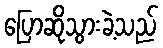
ပြောဆိုသွားခဲ့သည်